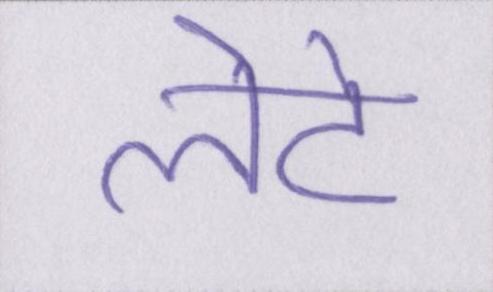
लेटे